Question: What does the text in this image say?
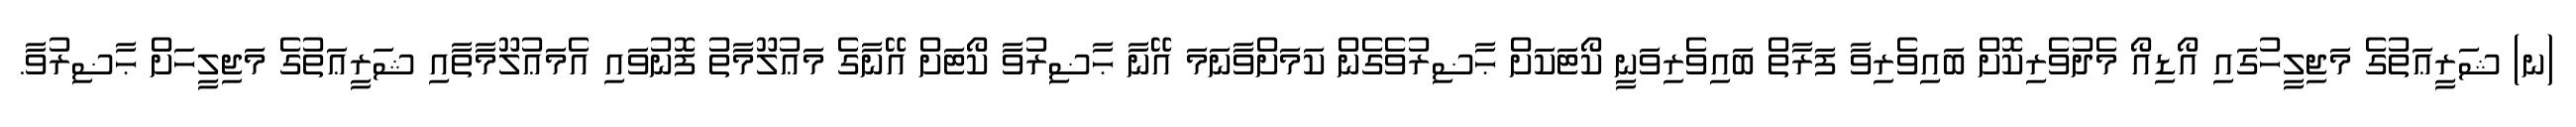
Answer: (ނ) ޝަރީޢަތުގެ މަޖިލީހުގައި އޯޑިއޯ މެދުވެރިކޮށް ބައިވެރިވާ ފަރާތް ބައިވެރިވަނީ ކޯޓަކަށް ޙާޟިރުވެގެން ކަމަށްވާނަމަ އޭނާ ޙާޟިރުވާ ކޯޓަށް އޭނާގެ މަޢުލޫމާތު ފޮނުވައި އެމަޢުލޫމާތާއި ޝަރީޢަތުގެ މަޖިލީހަށް ޙާޟިރުވާ.